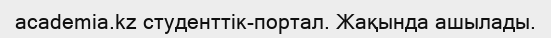
academia.kz студенттік-портал. Жақында ашылады.